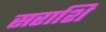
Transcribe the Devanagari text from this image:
सराशि